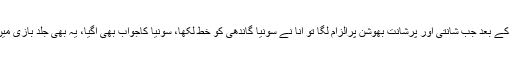
تحریک ختم ہونے کے بعد جب شانتی اور پرشانت بھوشن پرالزام لگا تو انا نے سونیا گاندھی کو خط لکھا، سونیا کاجواب بھی آگیا، یہ بھی جلد بازی میں اٹھایا گیا قدم تھا۔